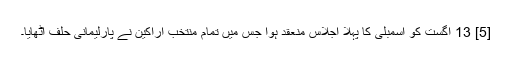
[5] 13 اگست کو اسمبلی کا پہلا اجلاس منعقد ہوا جس میں تمام منتخب اراکین نے پارلیمانی حلف اٹھایا۔